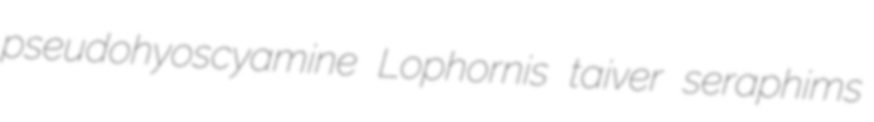
pseudohyoscyamine Lophornis taiver seraphims